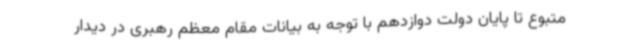
متبوع تا پایان دولت دوازدهم با توجه به بیانات مقام معظم رهبری در دیدار